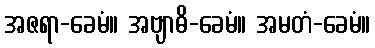
အဇရာ-ခေမံ။ အဗျာဓိ-ခေမံ။ အမတံ-ခေမံ။